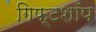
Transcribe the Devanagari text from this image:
गिफ्टशॉप